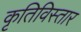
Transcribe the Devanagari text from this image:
कृतिविस्तार